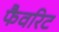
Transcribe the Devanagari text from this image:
फैवरिट